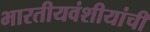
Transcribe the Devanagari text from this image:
भारतीयवंशीयांची